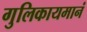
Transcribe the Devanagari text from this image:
गुलिकायमानं